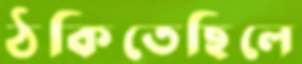
ঠকিতেছিলে